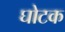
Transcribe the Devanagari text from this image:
घोटक